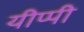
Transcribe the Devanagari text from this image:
यीप्पी